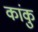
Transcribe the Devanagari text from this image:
कांकु